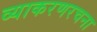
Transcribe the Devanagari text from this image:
व्याकरणरचना